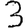
Digit: 3